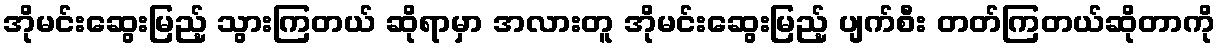
အိုမင်းဆွေးမြည့် သွားကြတယ် ဆိုရာမှာ အလားတူ အိုမင်းဆွေးမြည့် ပျက်စီး တတ်ကြတယ်ဆိုတာကို